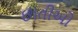
છાતીઓ